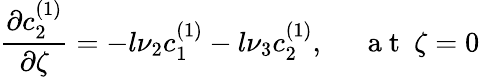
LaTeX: \frac{\partial c_{2}^{(1)}}{\partial\zeta}=-l\nu_{2}c_{1}^{(1)}-l\nu_{3}c_{2}^{(1)},~~~~~\mathrm{~a~t~}~\zeta=0